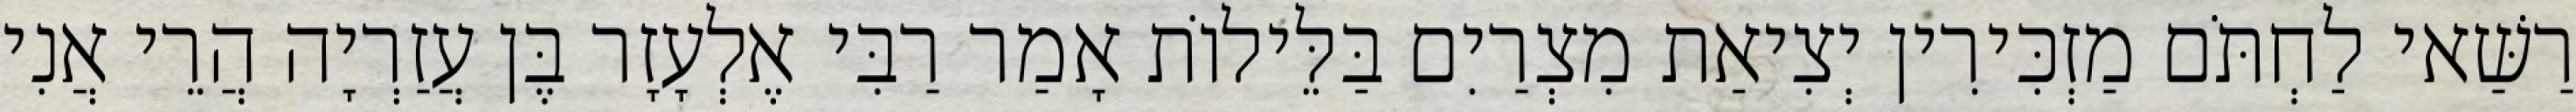
רַשַּׁאי לַחְתֹּם מַזְכִּירִין יְצִיאַת מִצְרַיִם בַּלֵּילוֹת אָמַר רַבִּי אֶלְעָזָר בֶּן עֲזַרְיָה הֲרֵי אֲנִי